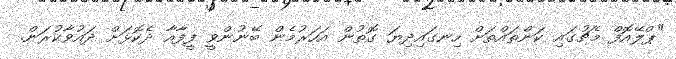
"ޕްލޭއޮފް މެޗުގައި ކަންތައްތަށް ހިނގައިދިޔަ ގޮތުން އަހަރުމެން ބޭނުންވީ ފީފާއާ ދެކޮޅަށް ދައުވާކުރަން.